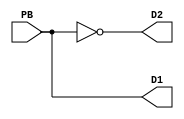
module helloworld(
    input PB,
    output D1, D2
    );

    assign D1 = PB;
    assign D2 = !PB;

endmodule